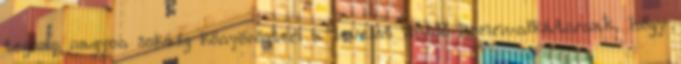
tegnap nagyon sokáig könyörögtem a levelet küldő kommunikátornak, hogy